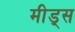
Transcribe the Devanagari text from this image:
मीड्स